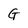
Character: G